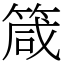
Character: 箴